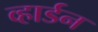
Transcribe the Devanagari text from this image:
व्हार्डन